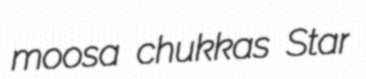
moosa chukkas Star